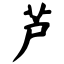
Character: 芦